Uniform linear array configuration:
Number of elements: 48
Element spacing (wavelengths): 1
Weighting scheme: binomial
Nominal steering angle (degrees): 60
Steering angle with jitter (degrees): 58.197
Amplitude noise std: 0.05
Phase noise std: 0.05

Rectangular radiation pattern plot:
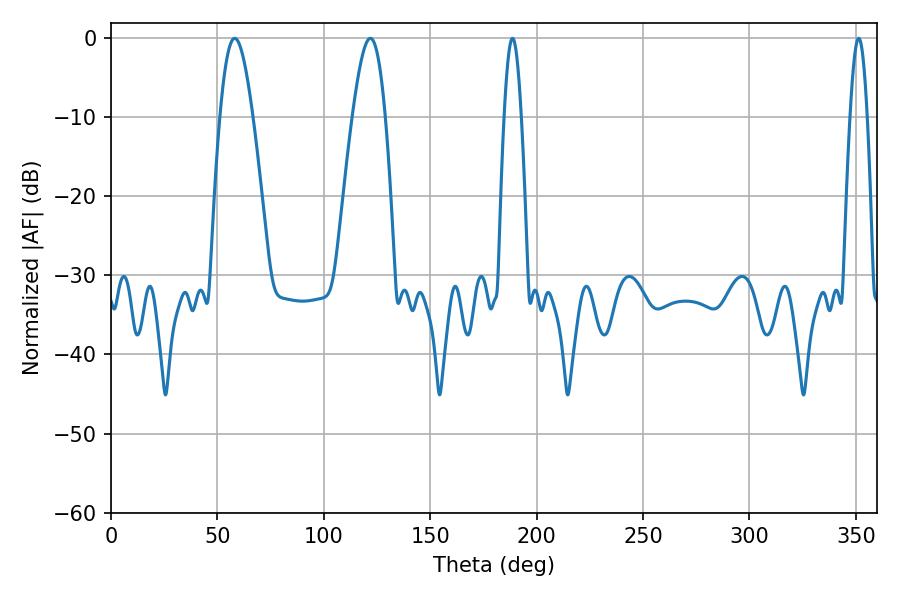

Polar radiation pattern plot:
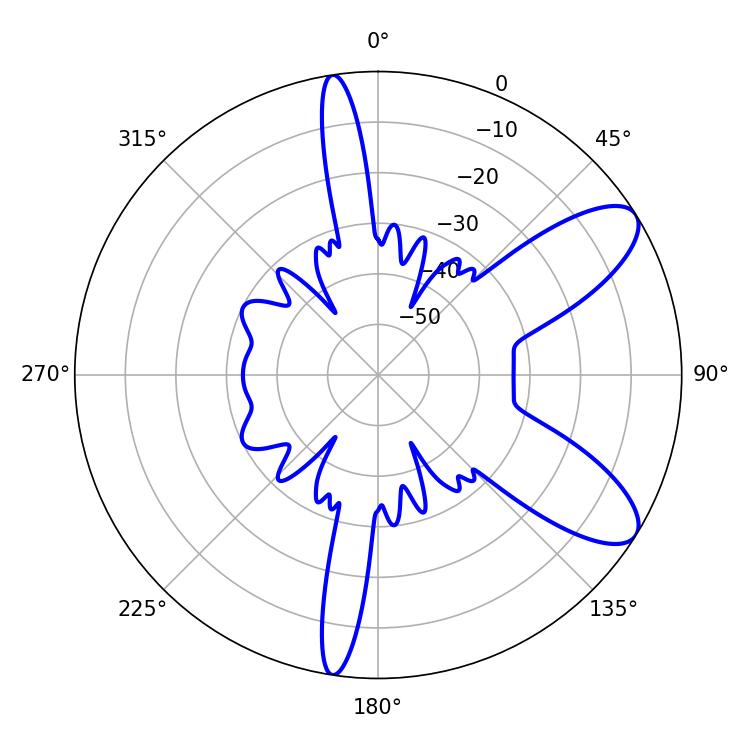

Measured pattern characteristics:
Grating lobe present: TRUE
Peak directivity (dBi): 9.129
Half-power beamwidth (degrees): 8.28
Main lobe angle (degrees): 58.14